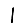
Digit: 1